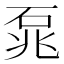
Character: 𮵐